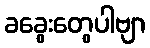
ခခွေးတွေပါဗျာ